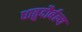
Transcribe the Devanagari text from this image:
धातुदौर्बल्य